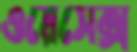
ওয়েসেক্স